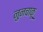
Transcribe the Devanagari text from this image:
नुनचाकू